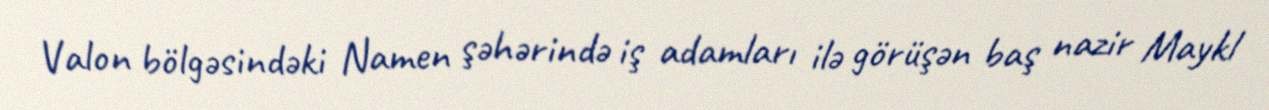
Valon bölgəsindəki Namen şəhərində iş adamları ilə görüşən baş nazir Maykl